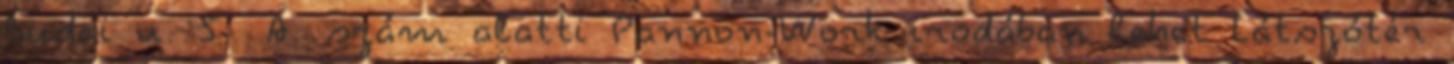
Budai u. 5 A. szám alatti Pannon-Work irodában lehet Látszótér